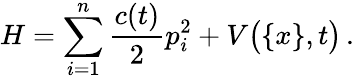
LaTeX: H=\sum_{i=1}^{n}\frac{c(t)}{2}p_{i}^{2}+V\big(\{ x\} ,t\big)\, .